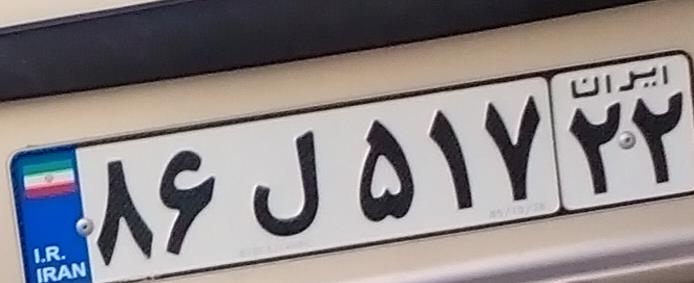
۸۶ل۵۱۷۲۲